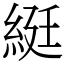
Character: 綎